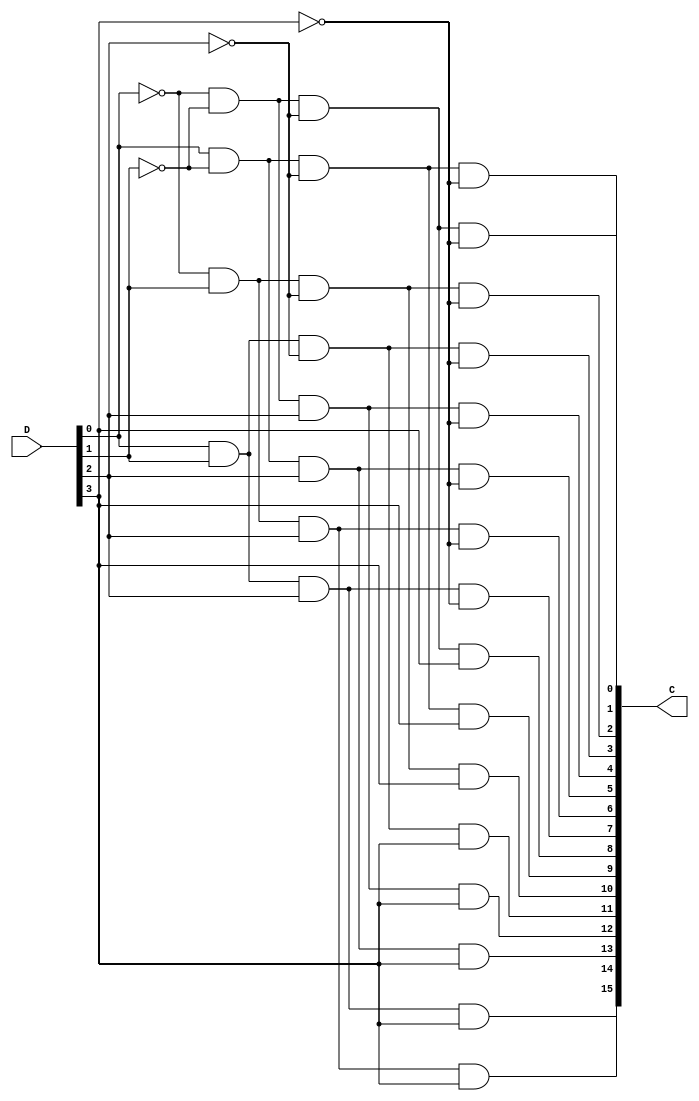
`timescale 1ns / 1ps
//////////////////////////////////////////////////////////////////////////////////
// Company: 
// Engineer: 
// 
// Design Name: 
// Module Name: decoder4
// Project Name: 
// Target Devices: 
// Tool Versions: 
// Description: 
// 
// Dependencies: 
// 
// Revision:
// Revision 0.01 - File Created
// Additional Comments:
// 
//////////////////////////////////////////////////////////////////////////////////


module decoder4(
    input [3:0] D,
    output [15:0] C
    );
    wire [7:0] R;
//	decoder2 first (.Z(D[1:0]), .P(R[3:0]));
//	decoder2 second (.Z(D[3:2]), .P(R[7:4]));
//	assign C[0] = R[0] & R[4];
//	assign C[1] = R[0] & R[5];
//	assign C[2] = R[0] & R[6];
//	assign C[3] = R[0] & R[7];
//	assign C[4] = R[1] & R[4];
//	assign C[5] = R[1] & R[5];
//	assign C[6] = R[1] & R[6];
//	assign C[7] = R[1] & R[7];
//	assign C[8] = R[2] & R[4];
//	assign C[9] = R[2] & R[5];
//	assign C[10] = R[2] & R[6];
//	assign C[11] = R[2] & R[7];
//	assign C[12] = R[3] & R[4];
//	assign C[13] = R[3] & R[5];
//	assign C[14] = R[3] & R[6];
//	assign C[15] = R[3] & R[7];
    assign C[0] = ~D[0] & ~D[1] & ~D[2] & ~D[3];//0000
    assign C[1] = D[0] & ~D[1] & ~D[2] & ~D[3];//1000
    assign C[2] = ~D[0] & D[1] & ~D[2] & ~D[3];//0100
    assign C[3] = D[0] & D[1] & ~D[2] & ~D[3];//1100
    assign C[4] = ~D[0] & ~D[1] & D[2] & ~D[3];//0010
    assign C[5] = D[0] & ~D[1] & D[2] & ~D[3];//1010
    assign C[6] = ~D[0] & D[1] & D[2] & ~D[3];//0110
    assign C[7] = D[0] & D[1] & D[2] & ~D[3];//1110
    assign C[8] = ~D[0] & ~D[1] & ~D[2] & D[3];//0001
    assign C[9] = D[0] & ~D[1] & ~D[2] & D[3];//1001
    assign C[10] = ~D[0] & D[1] & ~D[2] & D[3];//0101
    assign C[11] = D[0] & D[1] & ~D[2] & D[3];//1101
    assign C[12] = ~D[0] & ~D[1] & D[2] & D[3];//0011
    assign C[13] = D[0] & ~D[1] & D[2] & D[3];//1011
    assign C[14] = ~D[0] & D[1] & D[2] & D[3];//0111
    assign C[15] = D[0] & D[1] & D[2] & D[3];//1111
endmodule